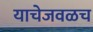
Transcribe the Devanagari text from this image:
याचेजवळच